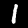
Digit: 1